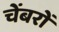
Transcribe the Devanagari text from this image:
चेंबरों